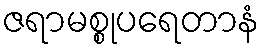
ဇရာမစ္စုပရေတာနံ